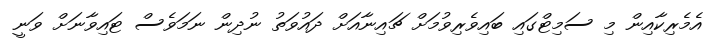
އެމެރިކާއިން މި ސަމިޓްގައި ބައިވެރިވުމަށް ޗައިނާއަށް ދައުވަތު ނުދިން ނަމަވެސް ޓައިވާނަށް ވަނީ